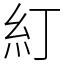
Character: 糽